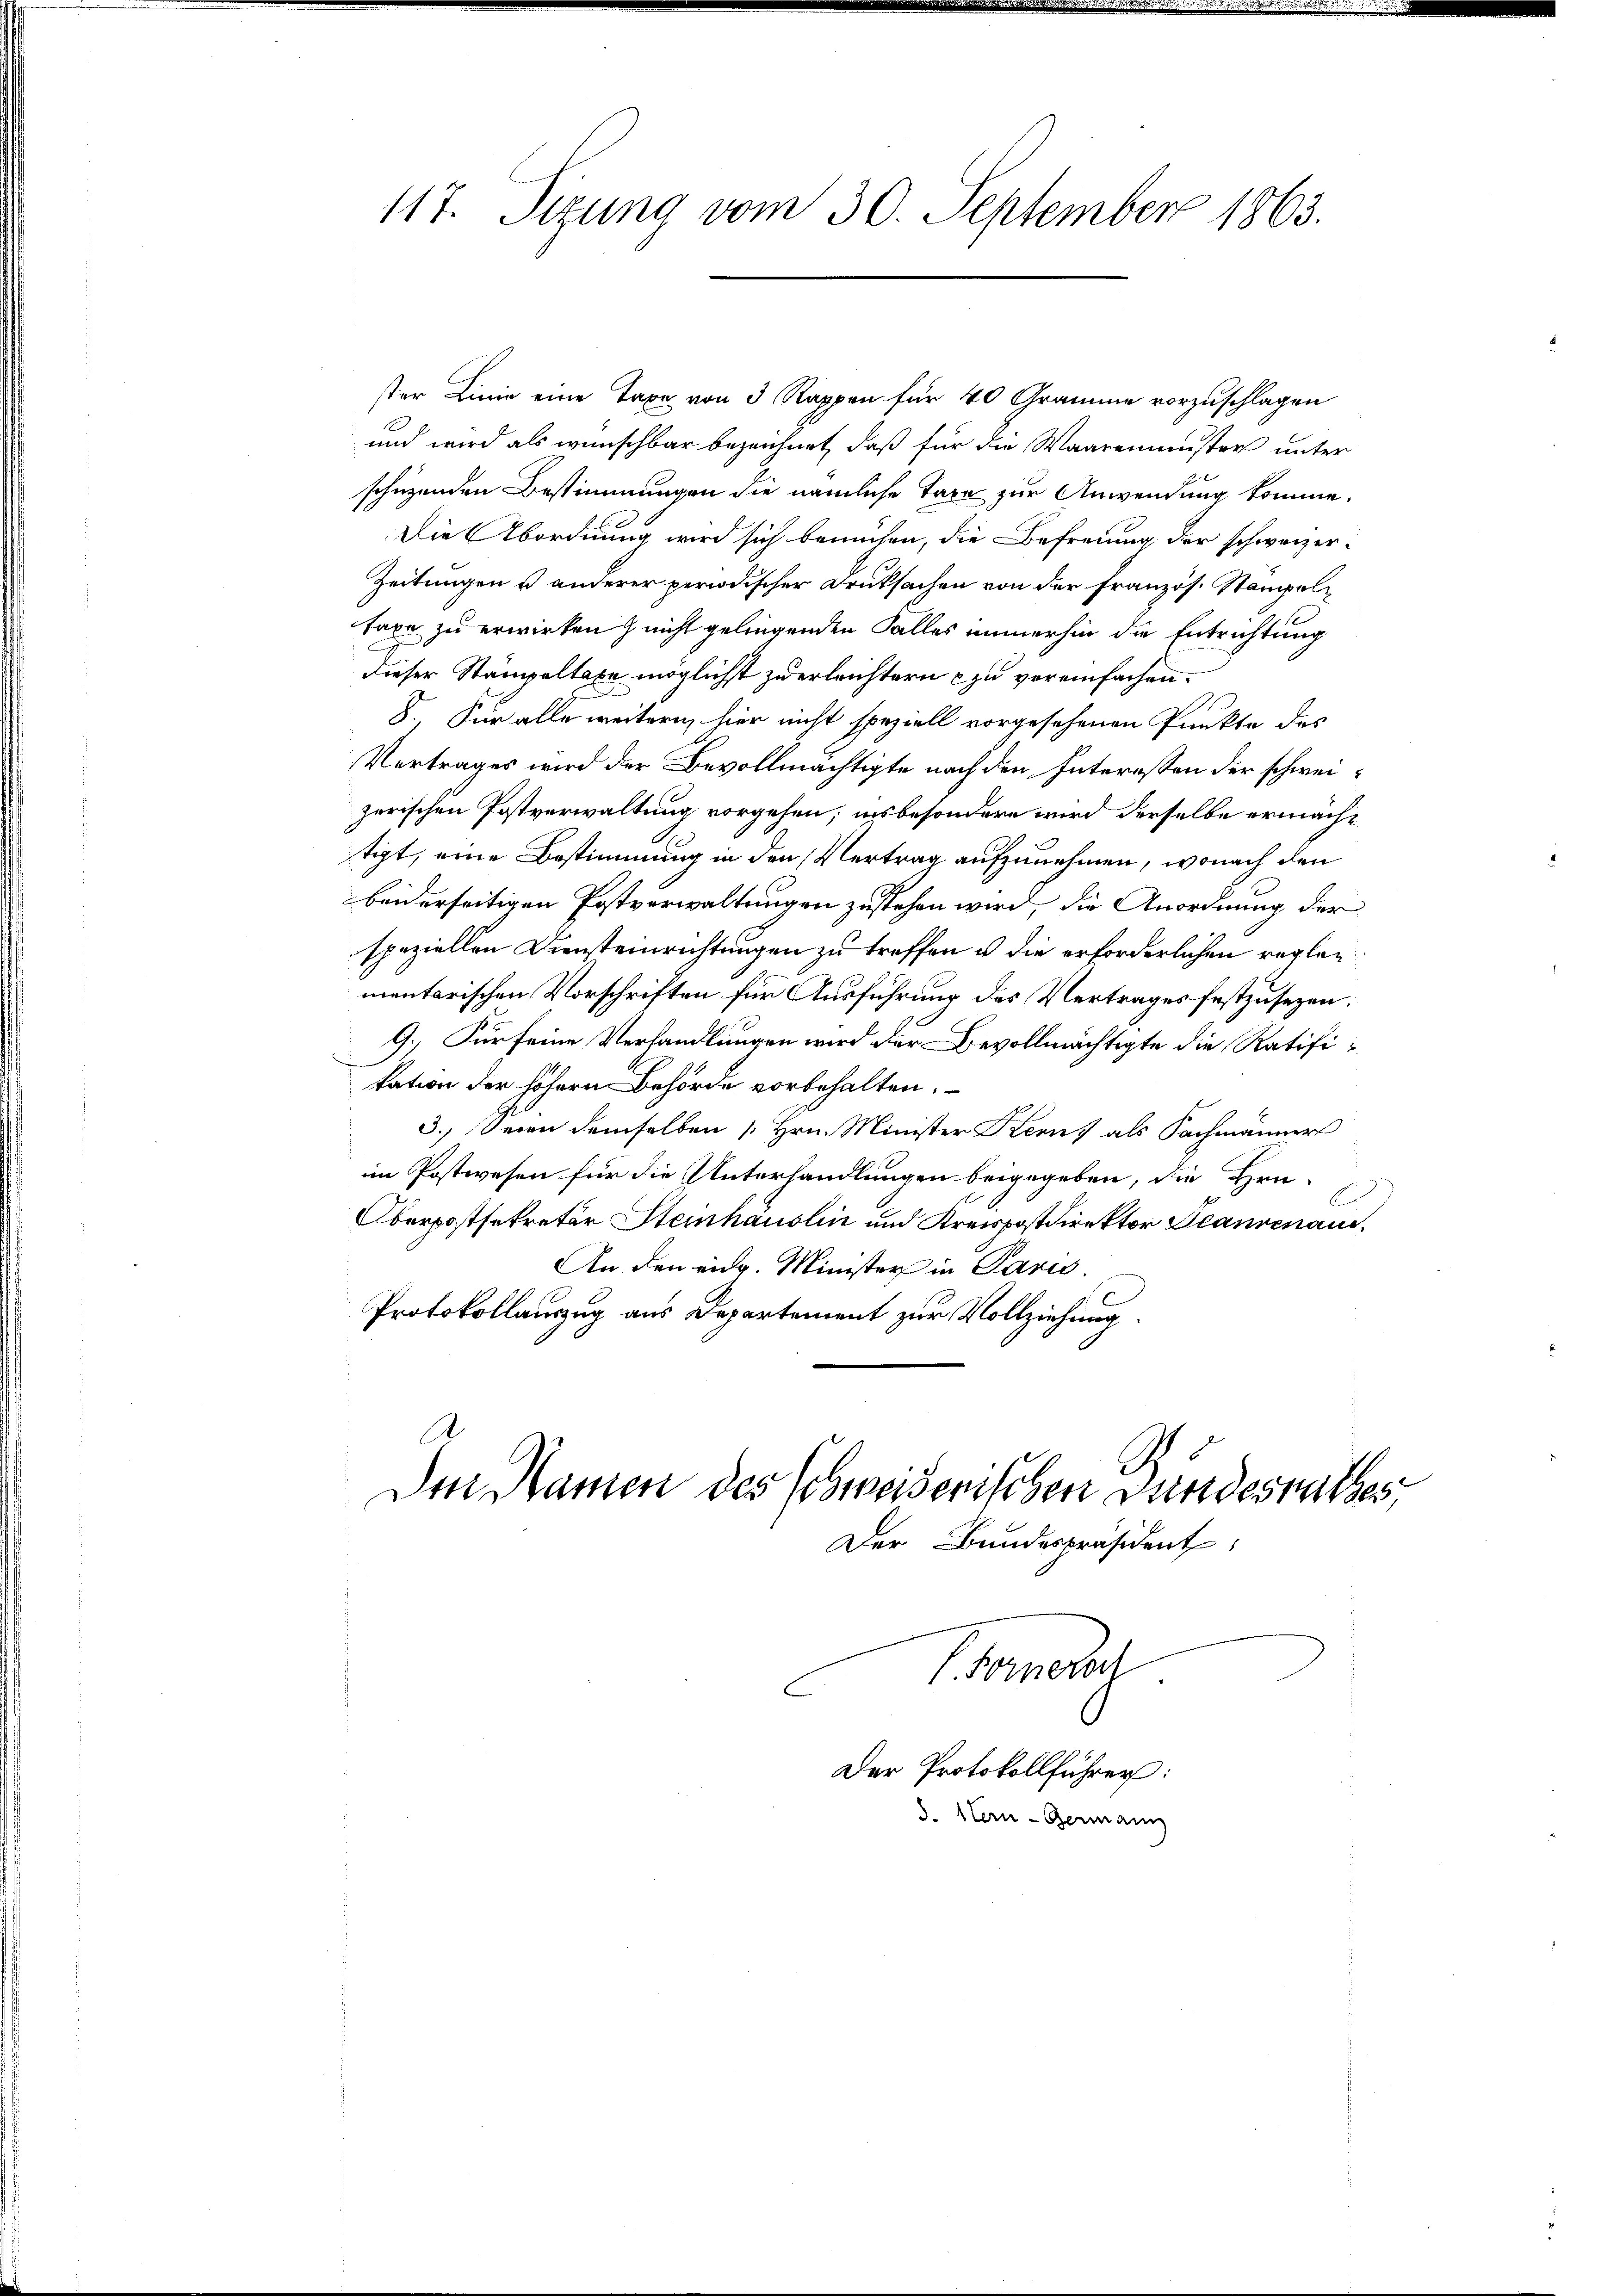
117. Sizung vom 30. September 1863.

ster Linie eine Taxe von 3 Rappen für 40 Gramme vorzuschlagen
und wird als wünschbar bezeichnet, daß für die Waaremuster unter
schützenden Bestimmungen die nämliche Taxe zur Anwendung komme.
Die Abordnung wird sich bemühen, die Befreiung der schweizer-
Zeitungen u anderer periodischer Druksachen von der französ. Stamppoltaxe zu erwirken nicht geliegenden Falles immerhin die Entrichtung
dieser Stampeltaxe möglichst zu erleichtern zu vereinfachen.
8. Für alle weitern hier nicht speziell vorgesehenen Punkte des
Vertrages wird der Bevollmächtigte nach den Interessen der schweizerischen Postverwaltung vorgehen; insbesondere wird derselbe ermächtigt, eine Bestimmung in den Vertrag aufzunehmen, wonach den
beiderseitigen Postverwaltungen zustehen wird, die Anordnung der
speziellen Diensteinrichtungen zu treffen u die erforderlichen reglementarischen Vorschriften für Ausführung des Vertrages festzusezen.
9.) Für seine Verhandlungen wird der Bevollmächtigte die Ratifitation der höhern Behörde vorbehalten.
.
3. Seien demselben [Hrn. Minister Stern, als Sachmänner
in Postwesen für die Unterhandlungen beigegeben, die Hrn.
E
Oberpostsekretär Steinhauslin und Kreispostdirektor Planvenaue¬
An den eidg. Minister in Paris.
.
Protokollauszug aus Departement zur Vollziehung

Sternerel
Der Protokollführer:
S. Stern - Germann

A
Den Namen des Schweizerischen Bundesrathes,
Der Bundespräsident: